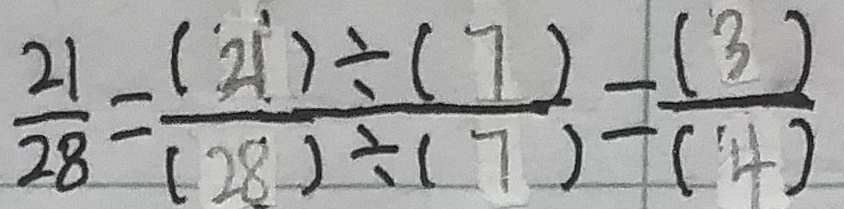
\frac { 2 1 } { 2 8 } = \frac { ( 2 1 ) \div ( 7 ) } { ( 2 8 ) \div ( 7 ) } = \frac { ( 3 ) } { ( 4 ) }